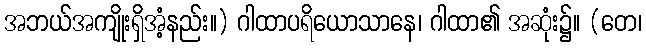
အဘယ်အကျိုးရှိအံ့နည်း။) ဂါထာပရိယောသာနေ၊ ဂါထာ၏ အဆုံး၌။ (တေ၊